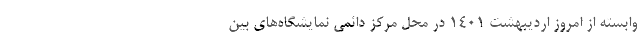
وابسته از امروز اردیبهشت 1401 در محل مرکز دائمی نمایشگاه‌های بین‌